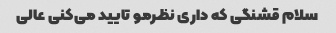
سلام قشنگی که داری نظرمو تایید می‌کنی عالی